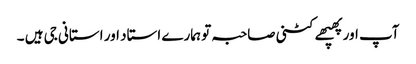
آپ اور پھپھے کٹنی صاحبہ تو ہمارے استاد اور استانی جی ہیں ۔